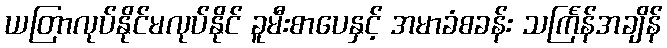
ယတြာလုပ်နိုင်မလုပ်နိုင် ခူမီးစာပေနှင့် အမာခံစခန်း သင်္ကြန်အချိန်